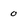
Character: 0